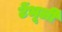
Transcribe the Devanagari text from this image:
टेंभूर्ली